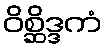
ဝိစ္ဆိဒ္ဒကံ